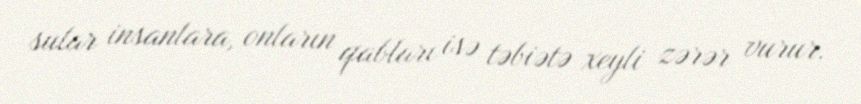
sular insanlara, onların qabları isə təbiətə xeyli zərər vurur.